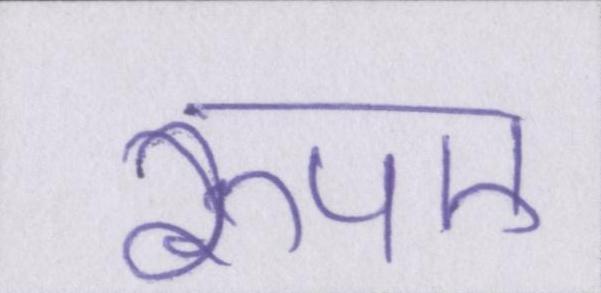
रुपए